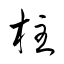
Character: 柱